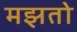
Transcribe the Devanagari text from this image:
मझतो